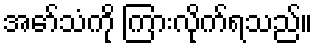
အော်သံကို ကြားလိုက်ရသည်။